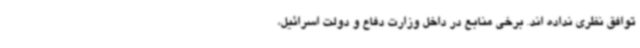
توافق نظری نداده اند. برخی منابع در داخل وزارت دفاع و دولت اسرائیل،